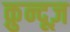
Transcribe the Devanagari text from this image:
क़ुन्दूज़